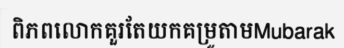
ពិភពលោកគួរតែយកគម្រូតាមMubarak